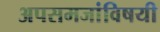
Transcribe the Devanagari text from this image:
अपसमजांविषयी